Report of cholera committee
Disease focus: Cholera
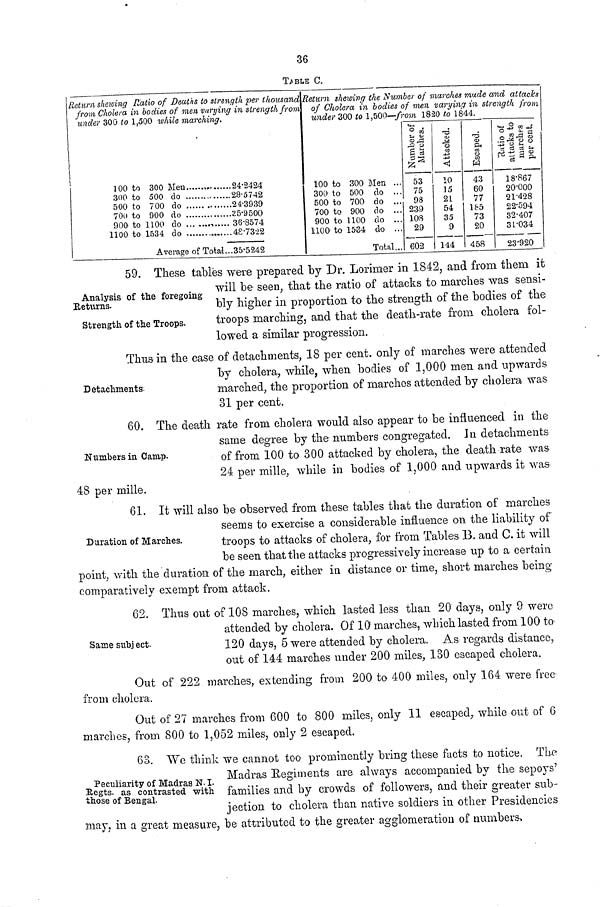
36
TABLE C.
Return shelving Ratio of Deaths to strength per thousand
from Cholera in bodies of men varying in strength from
under 300 to 1,500 while marching.
100 to 300 Men
300 to 500 do
500 to 700 do
700 to 900 do
900 to 1100 do
1100 to 1534 do
Average of Total
24.2424
29.5742
24.3939
35.9500
36.8574
48.7322
35.5242
Return shewing the Number of marches mude and attacks
of Cholera in bodies of men varying in strength from
under 300 to 1,500—from 1820 to 1844.
100 to 300 Men ...
300 to 500 do ...
500 to 700 do ...
700 to 900 do ...
900 to 1100 do ...
1100 to 1534 do ...
Total...
Number of Marches.
53
75
98
239
108
29
602
Attacked.
10
15
21
54
35
9
144
Escaped.
43
60
77
185
73
20
458
Ratio of
attacks to
marches
per cent.
18.867
20.000
21.428
22.594
32.407
31.034
23.920
Analysis of the foregoing
Returns.
Strength of the Troops.
59. These tables were prepared by Dr. Lorimer in 1842, and from them it
will be- seen, that the ratio of attacks to inarches was sensi-
bly higher in proportion to the strength of the bodies of the
troops marching, and that the death-rate from cholera fol-
lowed a similar progression.
Detachments.
Thus in the case of detachments, 18 per cent. only of marches were attended
by cholera, while, when bodies of 1,000 men and upwards
marched, the proportion of marches attended by cholera was
31 per cent.
Numbers in Camp.
60. The death rate from cholera would also appear to be influenced in the
same degree by the numbers congregated. In detachments
of from 100 to 300 attacked by cholera, the death rate was
24 per mille, while in bodies of 1,000 and upwards it was
48 per mille.
Duration of Marches.
61. It will also be observed from these tables that the duration of marches
seems to exercise a considerable influence on the liability of
troops to attacks of cholera, for from Tables B. and C. it will
be seen that the attacks progressively increase up to a certain
point, with the duration of the march, either in distance or time, short marches being
comparatively exempt from attack.
Same subject.
62. Thus out of 108 marches, which lasted less than 20 days, only 9 were
attended by cholera. Of 10 marches, which lasted from 100 to
120 days, 5 were attended by cholera. As regards distance,
out of 144 marches under 200 miles, 130 escaped cholera.
Out of 222 marches, extending from 200 to 400 miles, only 164 were free
from cholera.
Out of 27 marches from 600 to 800 miles, only 11 escaped, while out of 6
marches, from 800 to 1,052 miles, only 2 escaped.
Peculiarity of Madras N. I.
Regts. as contrasted with
those of Bengal.
63. We think we cannot too prominently bring these facts to notice. The
Madras Regiments are always accompanied by the sepoys'
families and by crowds of followers, and their greater sub-
jection to cholera than native soldiers in other Presidencies
may, in a great measure, be attributed to the greater agglomeration of numbers.